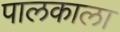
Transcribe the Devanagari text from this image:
पालकाला